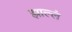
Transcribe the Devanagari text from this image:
झाल्लं